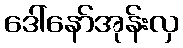
ဒေါ်နော်အုန်းလှ